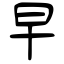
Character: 早